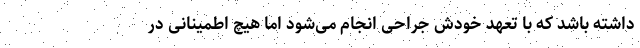
داشته باشد که با تعهد خودش جراحی انجام می‌شود اما هیچ اطمینانی در